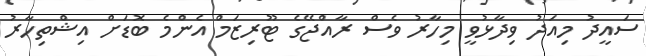
ސައީދު މިއަދު ވިދާޅުވީ މިހާރު ވެސް ރާއްޖޭގެ ޓޫރިޒަމް އެންމެ ބޮޑަށް އިޝްތިހާރު